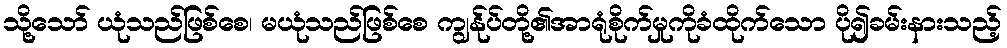
သို့သော် ယုံသည်ဖြစ်စေ၊ မယုံသည်ဖြစ်စေ ကျွန်ုပ်တို့၏အာရုံစိုက်မှုကိုခံထိုက်သော ပို၍ခမ်းနားသည့်